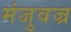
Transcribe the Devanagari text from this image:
मंजुवज्र